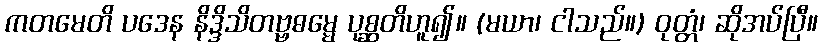
ကတမေတိ ပဒေန နိဒ္ဒိသိတဗ္ဗဓမ္မေ ပုစ္ဆတိဟူ၍။ (မယာ၊ ငါသည်။) ဝုတ္တံ၊ ဆိုအပ်ပြီ။